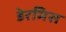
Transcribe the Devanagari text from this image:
डेरमिस